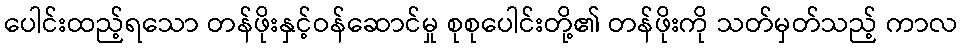
ပေါင်းထည့်ရသော တန်ဖိုးနှင့်ဝန်ဆောင်မှု စုစုပေါင်းတို့၏ တန်ဖိုးကို သတ်မှတ်သည့် ကာလ